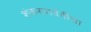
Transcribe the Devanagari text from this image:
शंकरपार्वतींचा